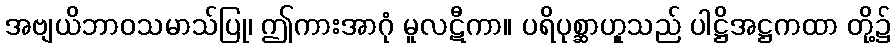
အဗျယိဘာဝသမာသ်ပြု၊ ဤကားအာဂုံ မူလဋီကာ။ ပရိပုစ္ဆာဟူုသည် ပါဋ္ဌိအဋ္ဌကထာ တို့၌